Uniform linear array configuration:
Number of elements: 8
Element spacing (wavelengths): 0.5
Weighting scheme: binomial
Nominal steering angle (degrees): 0
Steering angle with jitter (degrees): -0.0008645
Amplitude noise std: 0.05
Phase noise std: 0.05

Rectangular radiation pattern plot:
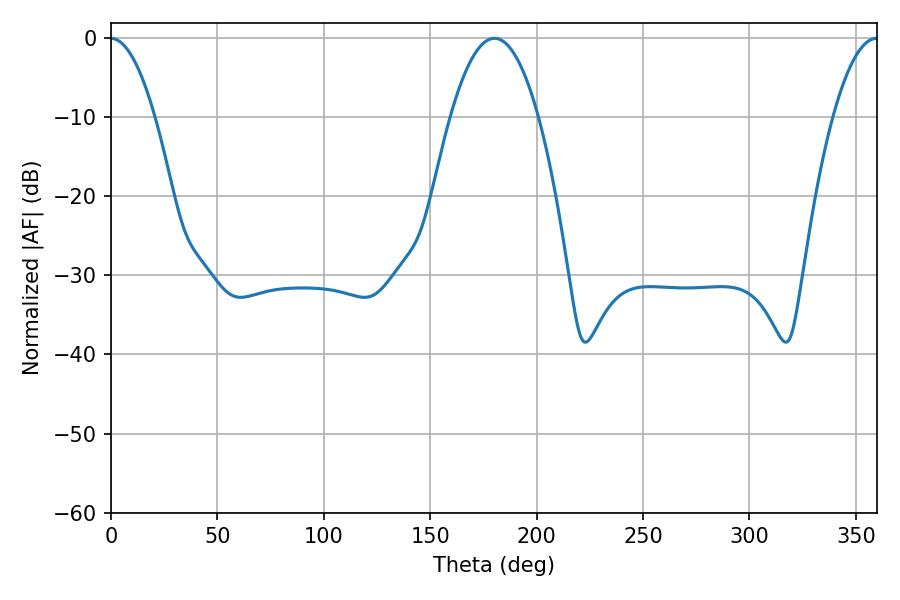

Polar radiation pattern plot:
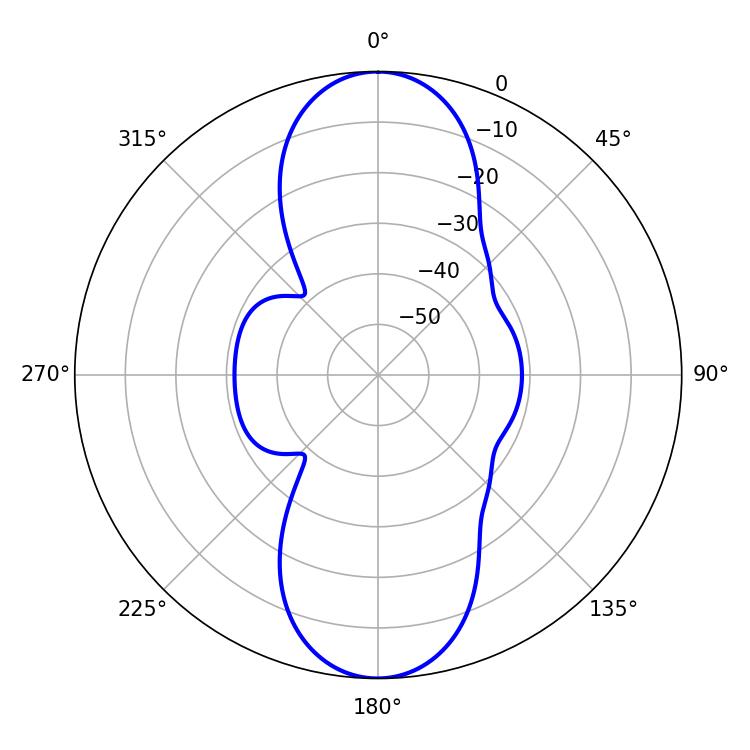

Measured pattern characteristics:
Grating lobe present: FALSE
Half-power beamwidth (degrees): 22.68
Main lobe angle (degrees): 180.18